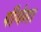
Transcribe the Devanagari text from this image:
पीयेगा